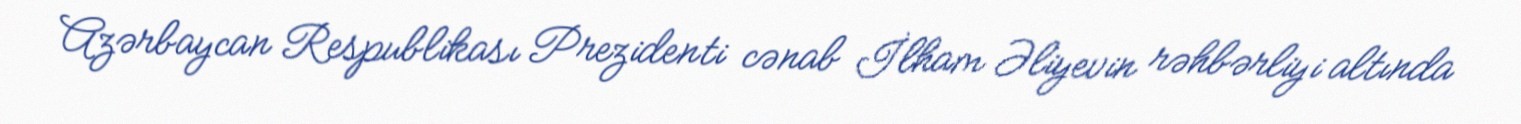
Azərbaycan Respublikası Prezidenti cənab İlham Əliyevin rəhbərliyi altında